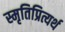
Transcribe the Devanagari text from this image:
स्मृतिप्रित्यर्थ